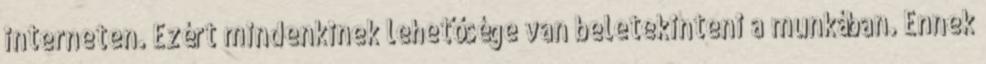
interneten. Ezért mindenkinek lehetősége van beletekinteni a munkában. Ennek